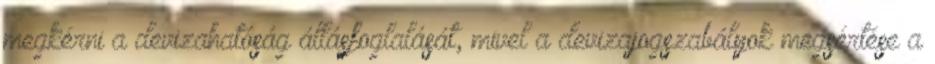
megkérni a devizahatóság állásfoglalását, mivel a devizajogszabályok megsértése a